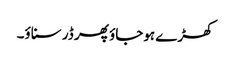
کھڑے ہوجاؤ پھر ڈر سناؤ۔